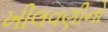
ખીલવણીનો